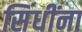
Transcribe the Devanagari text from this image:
सिंधींना